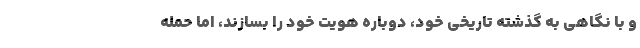
و با نگاهی به گذشته تاریخی خود، دوباره هویت خود را بسازند، اما حمله